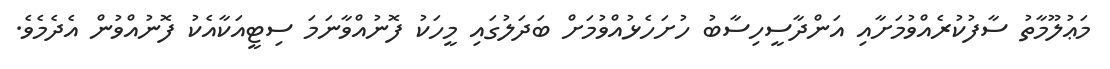
މަޢުލޫމާތު ސާފުކުރެއްވުމަށާއި އަންދާސީހިސާބު ހުށަހެޅުއްވުމަށް ބަދަލުގައި މީހަކު ފޮނުއްވާނަމަ ސިޓީއަކާއެކު ފޮނުއްވުން އެދެމެވެ.